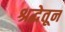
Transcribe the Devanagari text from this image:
श्रद्धेतून